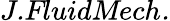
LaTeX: \textit{J.FluidMech.}